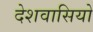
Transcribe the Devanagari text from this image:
देशवासियो